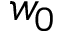
w _ { 0 }